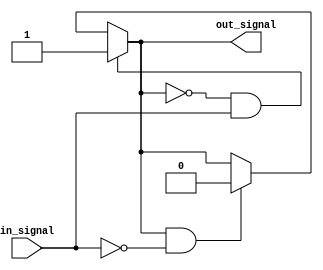
module schmitt_trigger_buffer (
    input wire in_signal,
    output reg out_signal
);

reg prev_out;

always @ (in_signal)
begin
    if (prev_out == 0 && in_signal == 1)
        out_signal <= 1;
    else if (prev_out == 1 && in_signal == 0)
        out_signal <= 0;
    else
        out_signal <= prev_out;
    
    prev_out <= out_signal;
end

endmodule